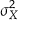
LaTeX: \sigma _ { X } ^ { 2 }